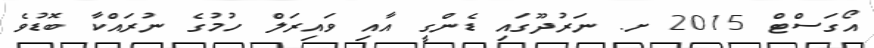
އޯގަސްޓް 2015 ށ. ނަރުދޫގައި ޑެންގީ އާއި ވައިރަލް ހުމުގެ ނުރައްކާ ބޮޑުވެ